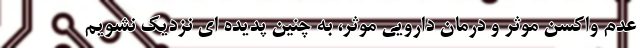
عدم واکسن موثر و درمان دارویی موثر، به چنین پدیده ای نزدیک نشویم